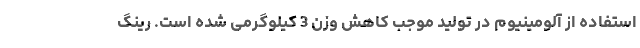
استفاده از آلومینیوم در تولید موجب کاهش وزن 3 کیلوگرمی شده است. رینگ